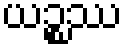
ယဉ္စဿ